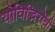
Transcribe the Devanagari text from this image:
योविद्भिरोवी